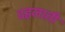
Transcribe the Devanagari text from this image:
दहलाती